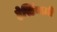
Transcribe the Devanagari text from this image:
हेस्टिंग्जची